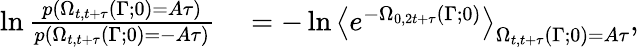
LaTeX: \begin{array}{rl}{\ln\frac{p(\Omega_{t,t+\tau}(\Gamma;0)=A\tau)}{p(\Omega_{t,t+\tau}(\Gamma;0)=-A\tau)}}&{{}=-\ln\left<e^{-\Omega_{0,2t+\tau}(\Gamma;0)}\right>_{\Omega_{t,t+\tau}(\Gamma;0)=A\tau},}\end{array}